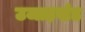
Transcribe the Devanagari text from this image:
उजाड़खंड